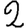
Digit: 2